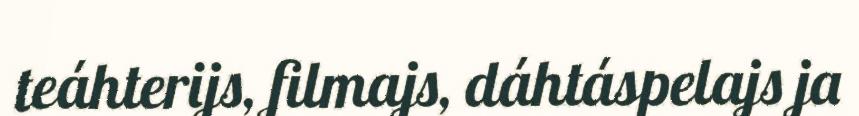
teáhterijs, filmajs, dáhtáspelajs ja